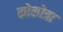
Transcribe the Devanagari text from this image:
कोकोत्रा